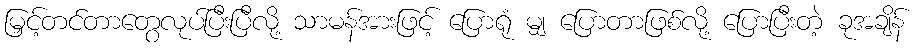
မြှင့်တင်တာတွေလုပ်ပြီးပြီလို့ သာမန်အားဖြင့် ပြောရုံ မျှ ပြောတာဖြစ်လို့ ပြောပြီးတဲ့ ခုအချိန်